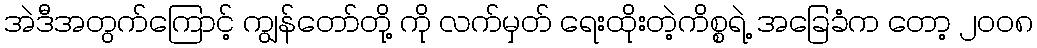
အဲဒီအတွက်ကြောင့် ကျွန်တော်တို့ ကို လက်မှတ် ရေးထိုးတဲ့ကိစ္စရဲ့ အခြေခံက တော့ ၂၀၀၈